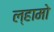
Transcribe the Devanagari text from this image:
ल्हामो